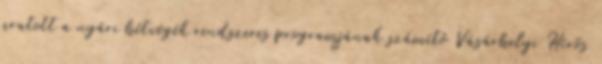
aratott a nyári hétvégék rendszeres programjának számító Vásárhelyi Hírös